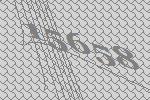
15658